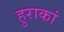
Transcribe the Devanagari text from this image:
हुराकां